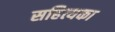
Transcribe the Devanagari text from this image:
सहित्यका